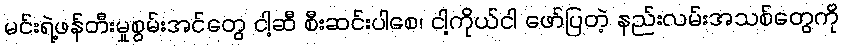
မင်းရဲ့ဖန်တီးမှုစွမ်းအင်တွေ ငါ့ဆီ စီးဆင်းပါစေ၊ ငါ့ကိုယ်ငါ ဖော်ပြတဲ့ နည်းလမ်းအသစ်တွေကို